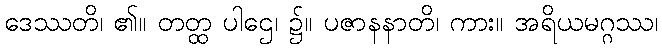
ဒေဿတိ၊ ၏။ တတ္ထ ပါဌေ၊ ၌။ ပဇာနနာတိ၊ ကား။ အရိယမဂ္ဂဿ၊